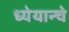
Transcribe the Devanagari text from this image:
ध्येयान्चे